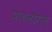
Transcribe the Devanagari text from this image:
पावलागन